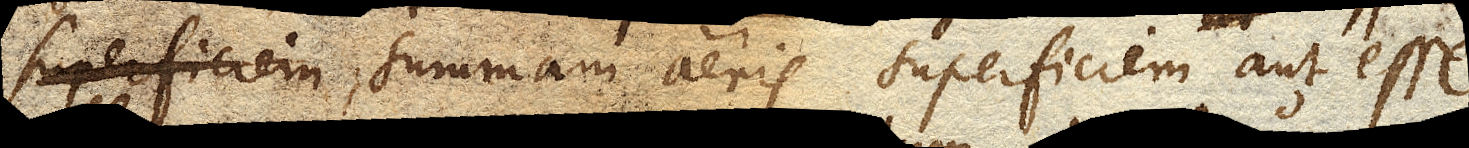
superficiem summam aeris superficiem aut esse